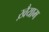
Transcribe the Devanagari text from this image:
ख़ैयाम